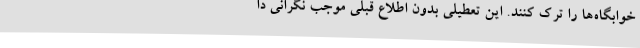
خوابگاه‌ها را ترک کنند. این تعطیلی بدون اطلاع قبلی موجب نگرانی دا